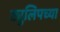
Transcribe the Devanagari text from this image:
ट्युलिपच्या